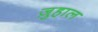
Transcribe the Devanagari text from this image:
ज़ुहाल